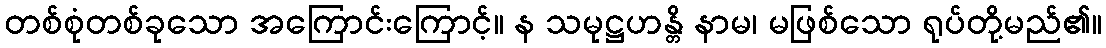
တစ်စုံတစ်ခုသော အကြောင်းကြောင့်။ န သမုဋ္ဌဟန္တိ နာမ၊ မဖြစ်သော ရုပ်တို့မည်၏။